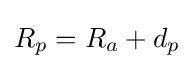
R_{p}=R_{a}+d_{p}